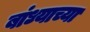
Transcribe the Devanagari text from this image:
बांध्याच्या